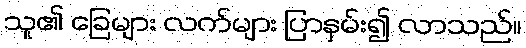
သူ၏ ခြေများ လက်များ ပြာနှမ်း၍ လာသည်။